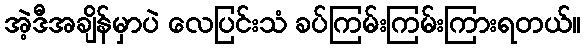
အဲ့ဒီအချိန်မှာပဲ လေပြင်းသံ ခပ်ကြမ်းကြမ်းကြားရတယ်။